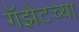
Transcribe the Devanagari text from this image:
गॅझेटच्या